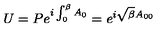
U = P e ^ { i \int _ { 0 } ^ { \beta } A _ { 0 } } = e ^ { i \sqrt { \beta } A _ { 0 0 } }